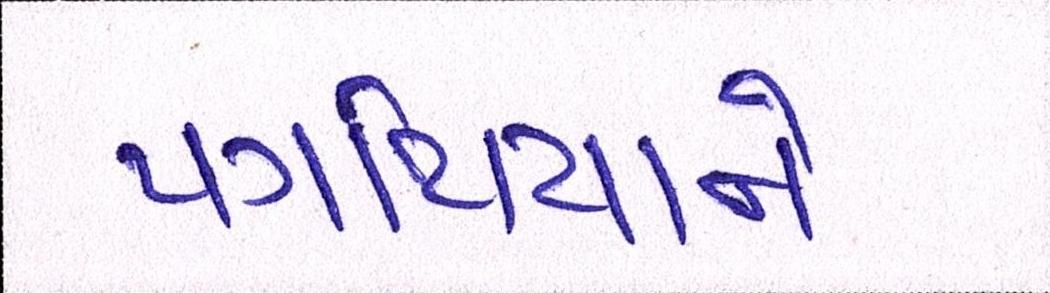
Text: પગથિયાને